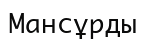
Мансұрды